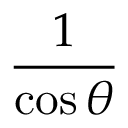
\frac { 1 } { \cos \theta }